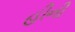
હીની